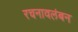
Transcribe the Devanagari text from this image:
रचनावलंबन